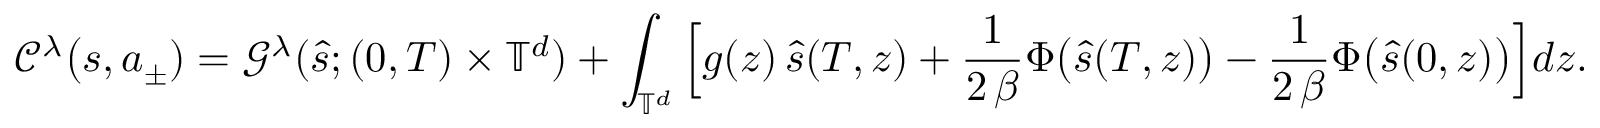
\mathcal { C } ^ { \lambda } \big ( { s } , { a } _ { \pm } ) = \mathcal { G } ^ { \lambda } ( \hat { s } ; ( 0 , T ) \times \mathbb { T } ^ { d } ) + \int _ { \mathbb { T } ^ { d } } \Big [ g ( z ) \, \hat { s } ( T , z ) + \frac { 1 } { 2 \, \beta } \Phi \big ( \hat { s } ( T , z ) \big ) - \frac { 1 } { 2 \, \beta } \Phi \big ( \hat { s } ( 0 , z ) \big ) \Big ] d z .